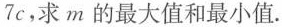
7 c$$，求m的最大值和最小值。